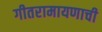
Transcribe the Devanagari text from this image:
गीतरामायणाची